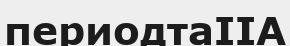
периодтаІІА